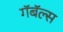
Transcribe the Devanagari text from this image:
गॅबॅल्स